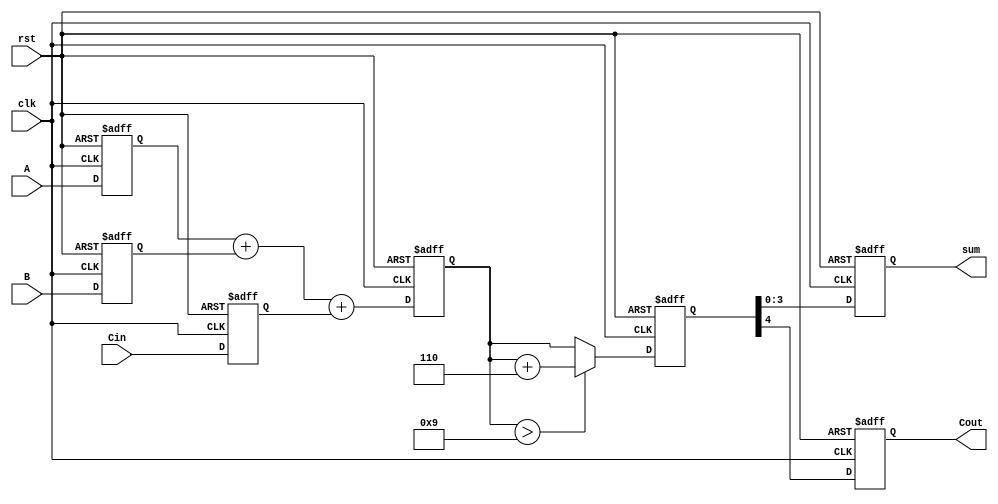
module BCD_Pipelined_Adder (
    input wire clk,
    input wire rst,
    input wire [3:0] A,      // BCD digit A
    input wire [3:0] B,      // BCD digit B
    input wire Cin,          // Carry-in from previous stage
    output reg [3:0] sum,    // BCD result
    output reg Cout          // Carry-out for next stage
);

    // Intermediate signals
    reg [4:0] binary_sum;    // 5-bit to hold the binary sum
    reg [4:0] corrected_sum;  // 5-bit to hold the corrected sum

    // Stage 1: Input Stage (Register inputs)
    reg [3:0] A_reg, B_reg;
    reg Cin_reg;

    always @(posedge clk or posedge rst) begin
        if (rst) begin
            A_reg <= 4'b0000;
            B_reg <= 4'b0000;
            Cin_reg <= 1'b0;
        end else begin
            A_reg <= A;
            B_reg <= B;
            Cin_reg <= Cin;
        end
    end

    // Stage 2: Adder Stage
    always @(posedge clk or posedge rst) begin
        if (rst) begin
            binary_sum <= 5'b00000;
        end else begin
            binary_sum <= A_reg + B_reg + Cin_reg; // Add A, B, and Cin
        end
    end

    // Stage 3: Correction Logic
    always @(posedge clk or posedge rst) begin
        if (rst) begin
            corrected_sum <= 5'b00000;
        end else begin
            if (binary_sum > 5'd9) begin
                corrected_sum <= binary_sum + 5'b00110; // Add 6 (0110) for correction
            end else begin
                corrected_sum <= binary_sum; // No correction needed
            end
        end
    end

    // Stage 4: Output Stage
    always @(posedge clk or posedge rst) begin
        if (rst) begin
            sum <= 4'b0000;
            Cout <= 1'b0;
        end else begin
            sum <= corrected_sum[3:0]; // Take the lower 4 bits as the BCD result
            Cout <= corrected_sum[4];   // Carry-out is the 5th bit
        end
    end

endmodule